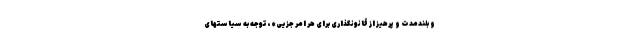
و بلندمدت و پرهیز از قانونگذاری برای هر امر جزیی»، توجه به سیاستهای